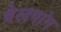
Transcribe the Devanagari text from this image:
बेलगांम